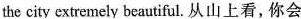
the city extremely beautiful. 从山上看,你会